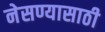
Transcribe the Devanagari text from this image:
नेसण्यासाठी